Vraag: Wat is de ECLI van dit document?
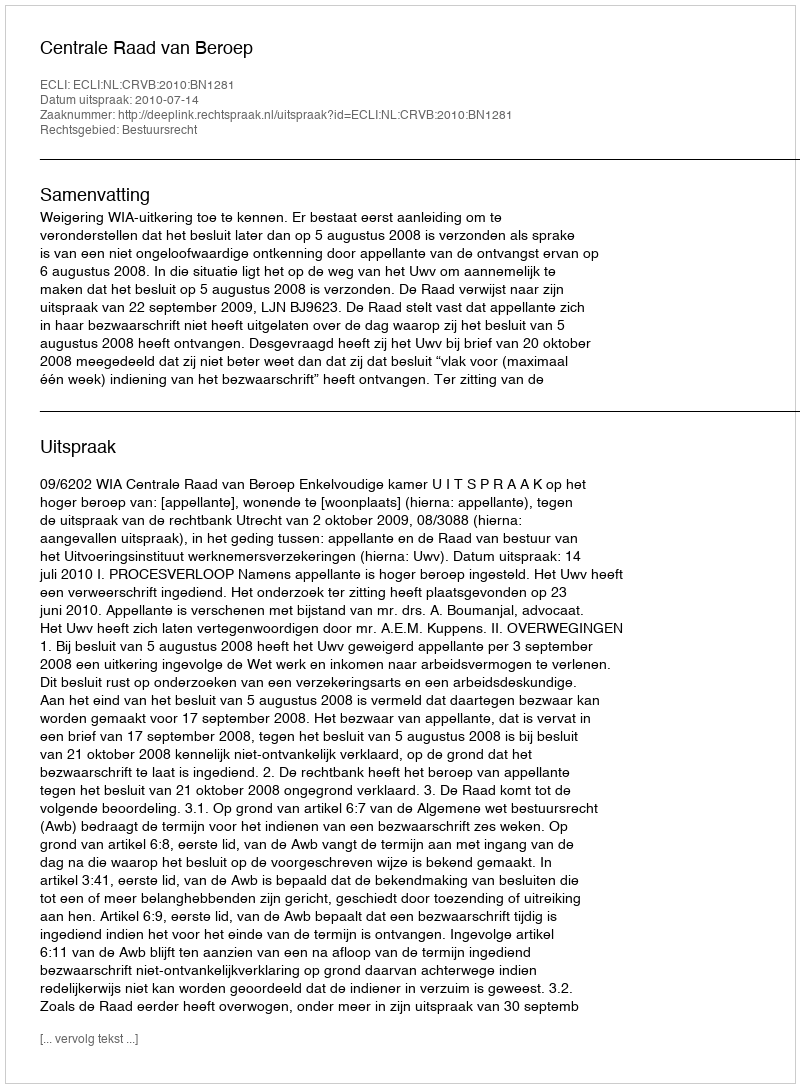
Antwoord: ECLI:NL:CRVB:2010:BN1281